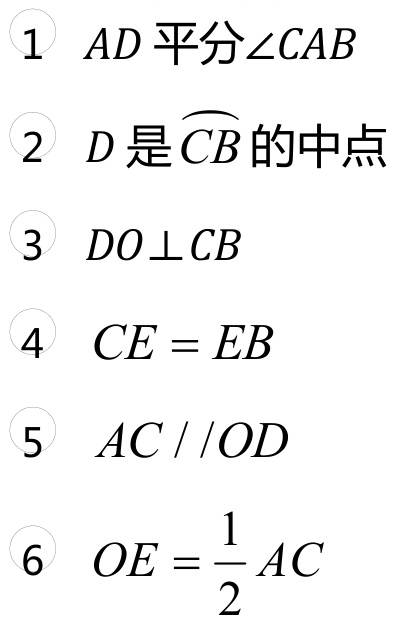
\begin{enumerate}
\item \(AD\)平分\(\angle CAB\)
\item \(D\)是\(\overset{\frown}{CB}\)的中点
\item \(DO\perp CB\)
\item \(CE = EB\)
\item \(AC\parallel OD\)
\item \(OE=\dfrac{1}{2}AC\)
\end{enumerate}